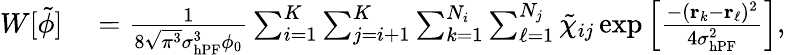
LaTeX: \begin{array}{rl}{W[\tilde{\phi}]}&{{}=\frac{1}{8\sqrt{\pi^{3}}\sigma_{\mathrm{hPF}}^{3}\phi_{0}}\sum_{i=1}^{K}\sum_{j=i+1}^{K}\sum_{k=1}^{N_{i}}\sum_{\ell=1}^{N_{j}}\tilde{\chi}_{ij}\exp\left[\frac{-(\mathbf{r}_{k}-\mathbf{r}_{\ell})^{2}}{4\sigma_{\mathrm{hPF}}^{2}}\right],}\end{array}